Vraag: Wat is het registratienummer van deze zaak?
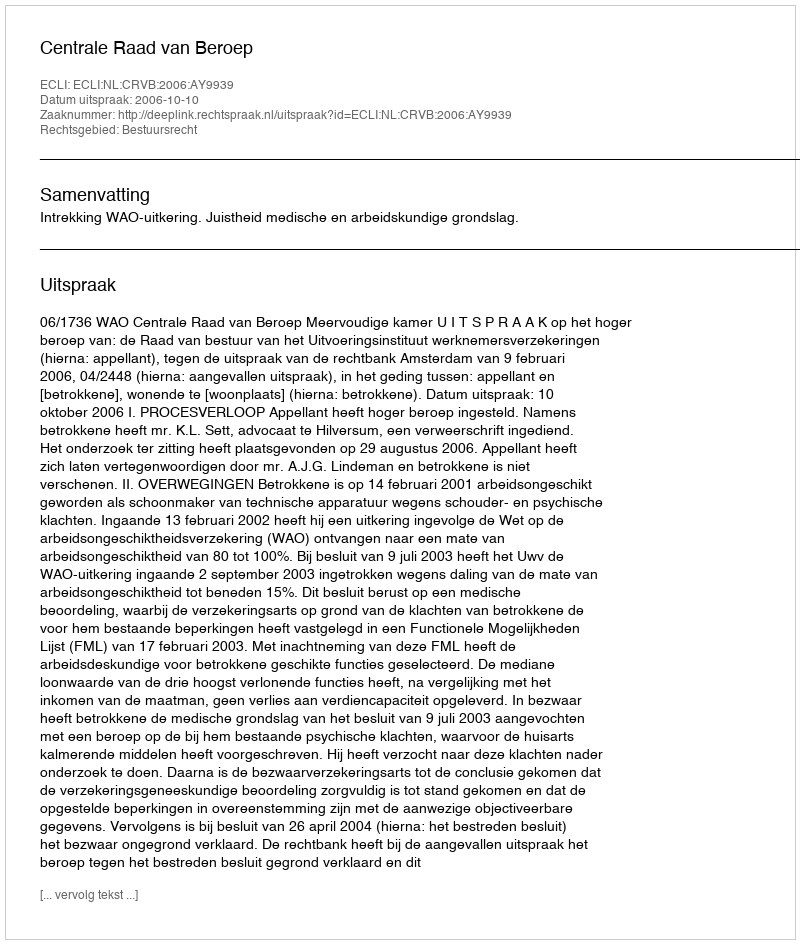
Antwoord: http://deeplink.rechtspraak.nl/uitspraak?id=ECLI:NL:CRVB:2006:AY9939